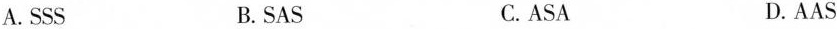
A.SSS B.SAS C.ASA D.AAS